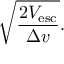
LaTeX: { \sqrt { \frac { 2 V _ { \mathrm { e s c } } } { \Delta v } } } .